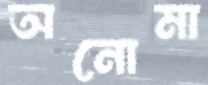
অনোমা